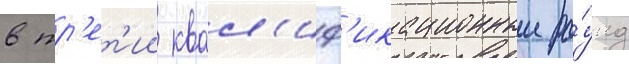
в тр'ет'ии квал'иф'икационныи ра́унд